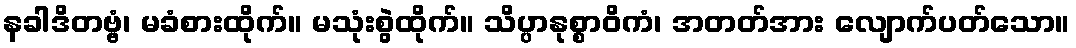
နခါဒိတဗ္ဗံ၊ မခံစားထိုက်။ မသုံးစွဲထိုက်။ သိပ္ပာနုစ္စာဝိကံ၊ အတတ်အား လျောက်ပတ်သော။